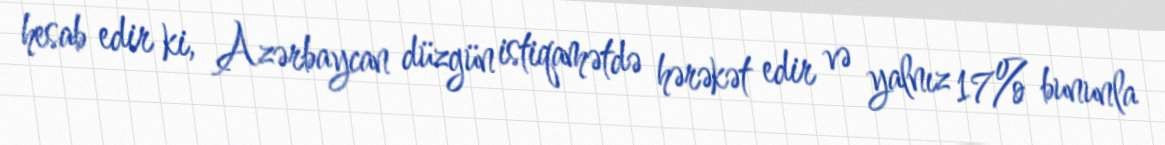
hesab edir ki, Azərbaycan düzgün istiqamətdə hərəkət edir və yalnız 17% bununla